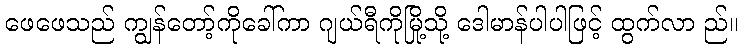
ဖေဖေသည် ကျွန်တော့်ကိုခေါ်ကာ ဂျယ်ရီကိုမြို့သို့ ဒေါမာန်ပါပါဖြင့် ထွက်လာ ည်။